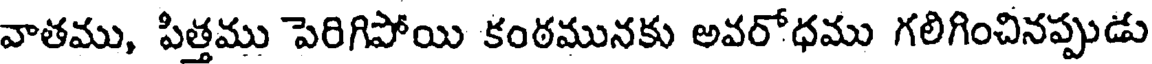
వాతము, పిత్తము పెరిగిపోయి కంఠమునకు అవరోధము గలిగించినప్పుడు